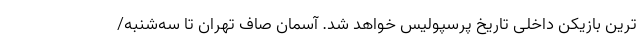
ترین بازیکن داخلی تاریخ پرسپولیس خواهد شد. آسمان صاف تهران تا سه‌شنبه/